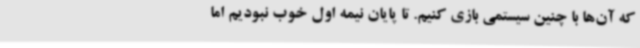
که آن‌ها با چنین سیستمی بازی کنیم. تا پایان نیمه اول خوب نبودیم اما